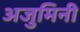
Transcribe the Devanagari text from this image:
अजुमिनी